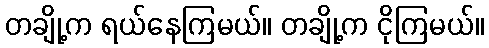
တချို့က ရယ်နေကြမယ်။ တချို့က ငိုကြမယ်။